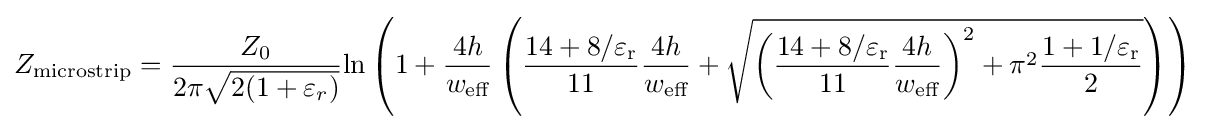
Z_{\textrm {microstrip}}={\frac {Z_{0}}{2\pi {\sqrt {2(1+\varepsilon _{r})}}}}\mathrm {ln} \left(1+{\frac {4h}{w_{\textrm {eff}}}}\left({\frac {14+8/\varepsilon _{\text{r}}}{11}}{\frac {4h}{w_{\textrm {eff}}}}+{\sqrt {\left({\frac {14+8/\varepsilon _{\text{r}}}{11}}{\frac {4h}{w_{\textrm {eff}}}}\right)^{2}+\pi ^{2}{\frac {1+1/\varepsilon _{\text{r}}}{2}}}}\right)\right)